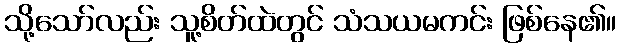
သို့သော်လည်း သူ့စိတ်ထဲတွင် သံသယမကင်း ဖြစ်နေ၏။